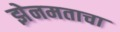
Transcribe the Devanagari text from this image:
झेनमताचा